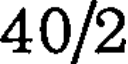
40/2